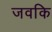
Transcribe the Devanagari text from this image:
जवकि